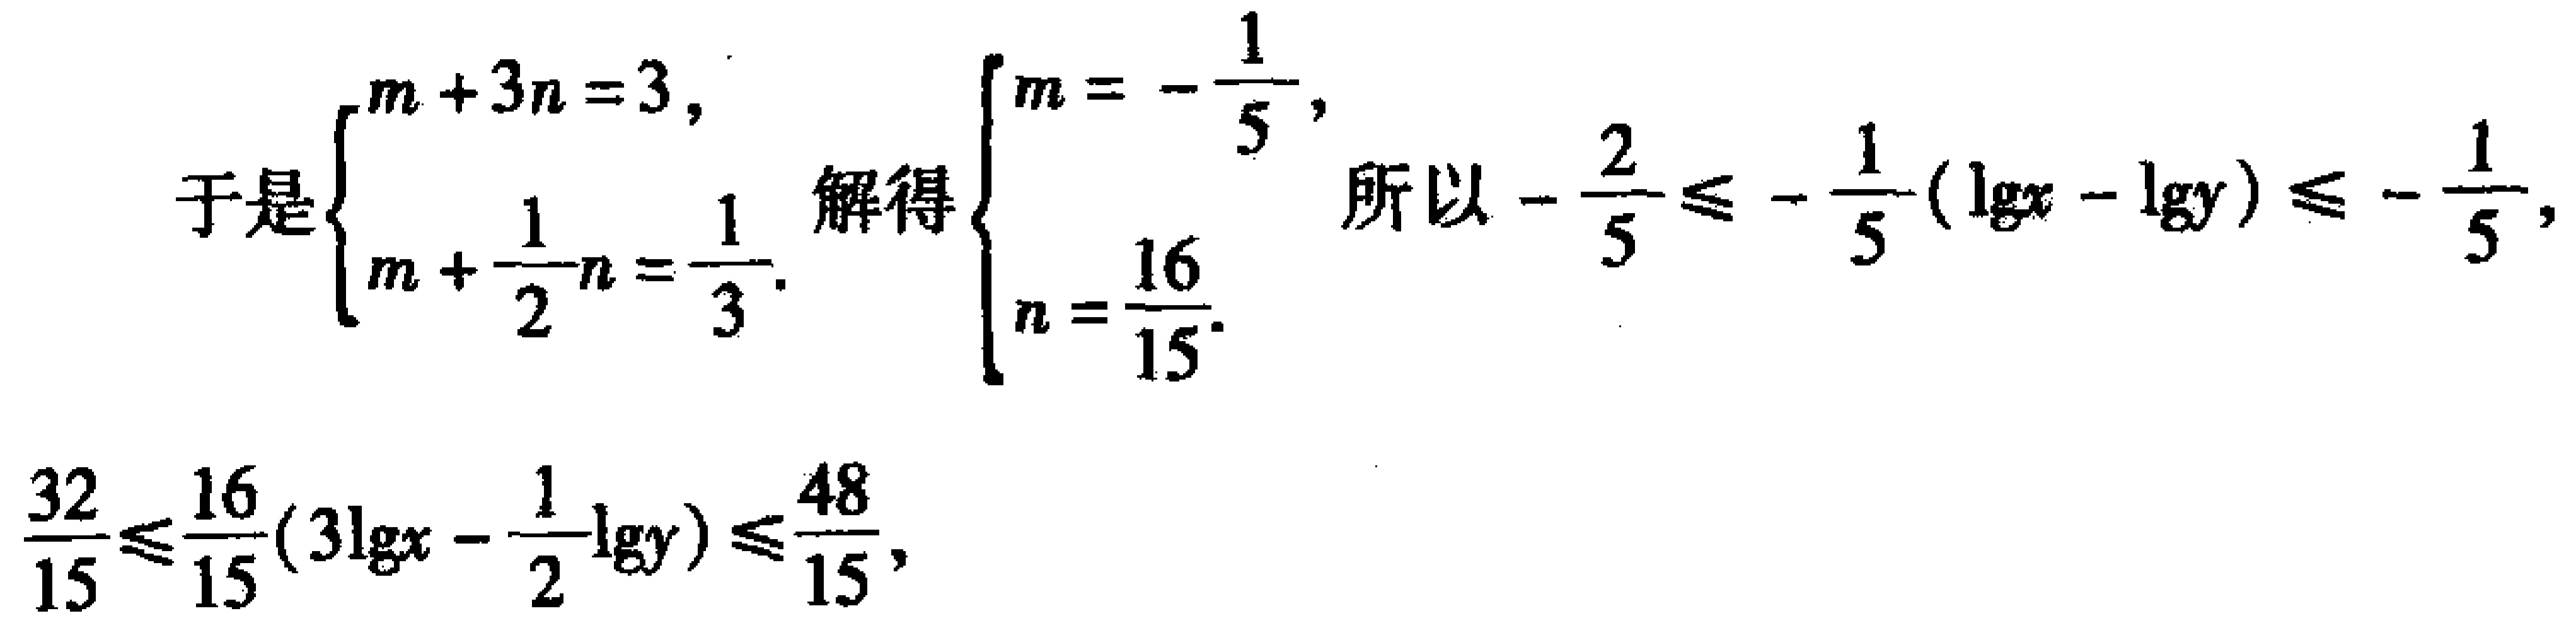
\[

\begin{align*}

\text{于是}\begin{cases}

m + 3n = 3,\\

m+\frac{1}{2}n=\frac{1}{3}.

\end{cases}

\text{解得}\begin{cases}

m = -\frac{1}{5},\\

n=\frac{16}{15}.

\end{cases}

\text{所以}-\frac{2}{5}\leq -\frac{1}{5}(\lg x-\lg y)\leq -\frac{1}{5},\\

\frac{32}{15}\leq\frac{16}{15}(3\lg x-\frac{1}{2}\lg y)\leq\frac{48}{15},

\end{align*}

\]